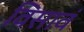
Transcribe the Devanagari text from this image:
विसावं